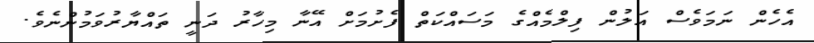
އެހެން ނަމަވެސް އަލުން ފިލްމެއްގެ މަސައްކަތް ފެށުމަށް އޭނާ މިހާރު ދަނީ ތައްޔާރުވަމުންނެވެ.